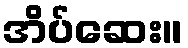
အိပ်ဆေး။